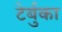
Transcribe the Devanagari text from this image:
टेर्बुका